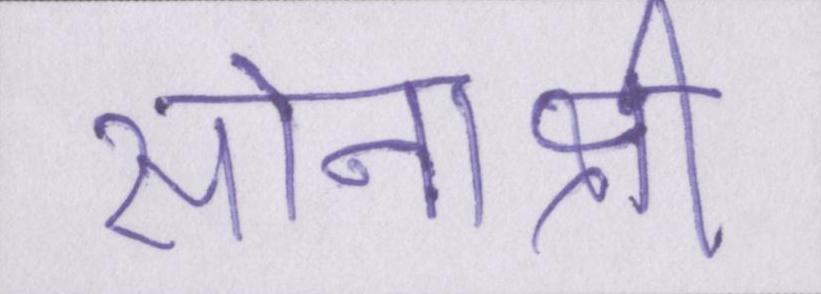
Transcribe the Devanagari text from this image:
सोनाक्षी